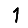
Digit: 1